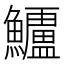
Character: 𮬗